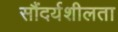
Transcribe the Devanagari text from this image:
सौंदर्यशीलता